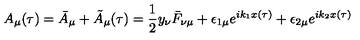
A _ { \mu } ( \tau ) = \bar { A } _ { \mu } + \tilde { A } _ { \mu } ( \tau ) = \frac { 1 } { 2 } y _ { \nu } \bar { F } _ { \nu \mu } + \epsilon _ { 1 \mu } e ^ { i k _ { 1 } x ( \tau ) } + \epsilon _ { 2 \mu } e ^ { i k _ { 2 } x ( \tau ) }